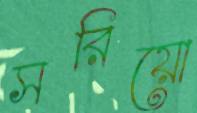
সরিয়ো